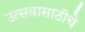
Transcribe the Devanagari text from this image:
उत्सवासाठीचे